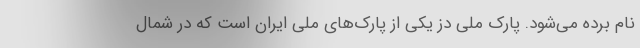
نام برده می‌شود. پارک ملی دز یکی از پارک‌های ملی ایران است که در شمال